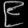
Digit: ၉